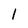
Character: l